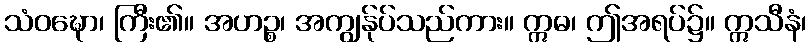
သံဝဍ္ဎော၊ ကြီး၏။ အဟဉ္စ၊ အကျွန်ုပ်သည်ကား။ ဣဓ၊ ဤအရပ်၌။ ဣသီနံ၊